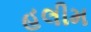
હલીમ